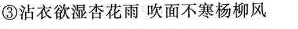
③沾衣欲湿杏花雨吹面不寒杨柳风